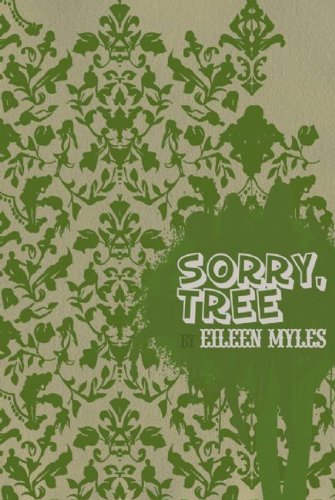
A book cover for Sorry, Tree; Eileen Myles; Gay & Lesbian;